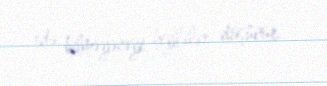
edə bilməyəcəyi hiylələr düşünür.